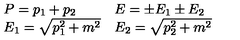
\begin{array} { l l } { P = p _ { 1 } + p _ { 2 } } & { E = \pm E _ { 1 } \pm E _ { 2 } } \\ { E _ { 1 } = \sqrt { p _ { 1 } ^ { 2 } + m ^ { 2 } } } & { E _ { 2 } = \sqrt { p _ { 2 } ^ { 2 } + m ^ { 2 } } } \\ \end{array}